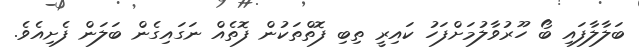
ބަލާލާފައި ބޯ ހޫރުވާލުމަށްފަހު ކައިރީ ތިބި ފޮތްތަކުން ފޮތެއް ނަގައިގެން ބަލަން ފެށިއެވެ.